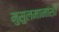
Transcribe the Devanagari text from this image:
मुसुलमानांशी